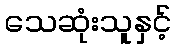
သေဆုံးသူနှင့်